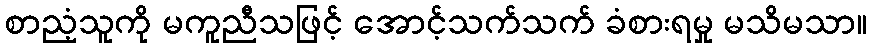
စာညံ့သူကို မကူညီသဖြင့် အောင့်သက်သက် ခံစားရမှု မသိမသာ။